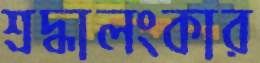
শ্রদ্ধালংকার